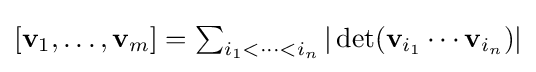
\textstyle [\mathbf {v} _{1},\ldots ,\mathbf {v} _{m}]=\sum _{i_{1}<\cdots <i_{n}}\vert \det(\mathbf {v} _{i_{1}}\cdots \mathbf {v} _{i_{n}})\vert